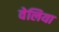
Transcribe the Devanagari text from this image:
वेलिया